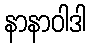
နာနာဝါဒါ